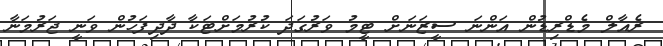
ރެއާލް މެޑްރިޑުން އަންނަ ސީޒަނަށް ޓީމު ވަރުގަދަ ކުރުމަށްޓަކާ ދާދިފަހުން ވަނީ ޖަރުމަނާ